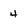
Character: 4